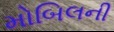
મોબિલની